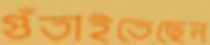
গুঁতাইতেছেন